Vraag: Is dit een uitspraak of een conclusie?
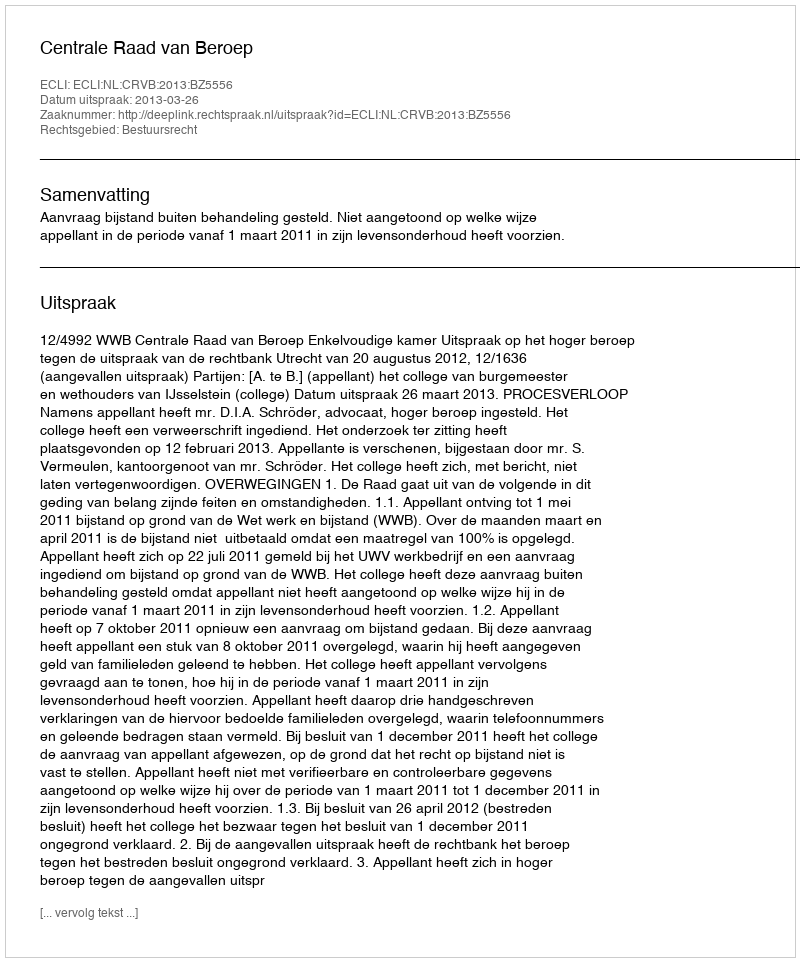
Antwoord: Uitspraak